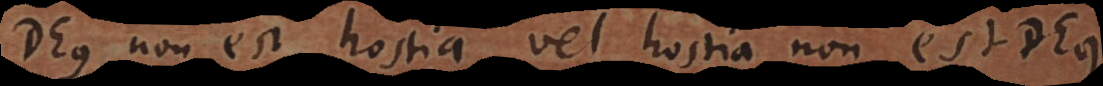
Deus non est hostia, vel hostia non est Deu